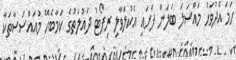
ހަމަ އެދުވަހު މައްސަލަ ބަލަން ފަށައި އެކުލަވާލި ރިޕޯޓު ދައުލަތުގެ ކަމާބެހޭ މުއައްސަސާތަކާ